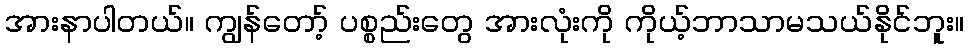
အားနာပါတယ်။ ကျွန်တော့် ပစ္စည်းတွေ အားလုံးကို ကိုယ့်ဘာသာမသယ်နိုင်ဘူး။